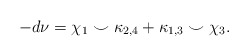
\begin{align*}-d\nu = \chi_1 \smile \kappa_{2,4} + \kappa_{1,3} \smile \chi_3.\end{align*}